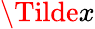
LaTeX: \Tilde{x}